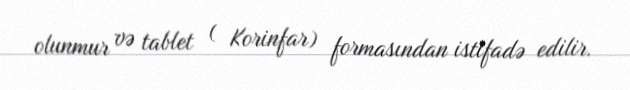
olunmur və tablet ( Korinfar) formasından istifadə edilir.